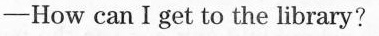
-How can Ⅰget to the library?